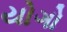
યોગો